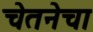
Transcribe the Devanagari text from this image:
चेतनेचा